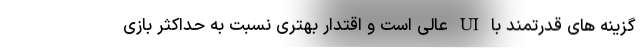
گزینه های قدرتمند با UI عالی است و اقتدار بهتری نسبت به حداکثر بازی